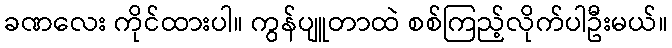
ခဏလေး ကိုင်ထားပါ။ ကွန်ပျူတာထဲ စစ်ကြည့်လိုက်ပါဦးမယ်။